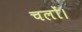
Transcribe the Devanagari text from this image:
चलों।